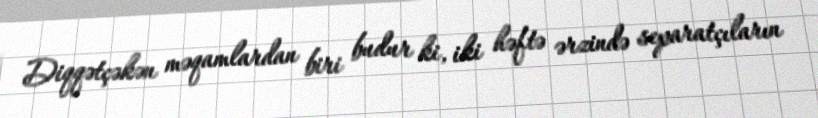
Diqqətçəkən məqamlardan biri budur ki, iki həftə ərzində separatçıların